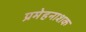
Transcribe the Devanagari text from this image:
प्रमेहनाशक